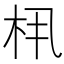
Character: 𬂤